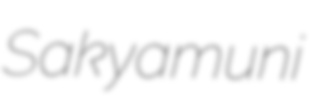
Sakyamuni